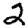
Digit: 2